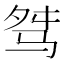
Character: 𩧶